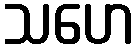
သဟေ